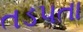
તડપતા